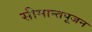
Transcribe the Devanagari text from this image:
सीमान्तपूजन